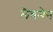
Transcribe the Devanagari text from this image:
लैचमैन